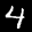
Label: 4